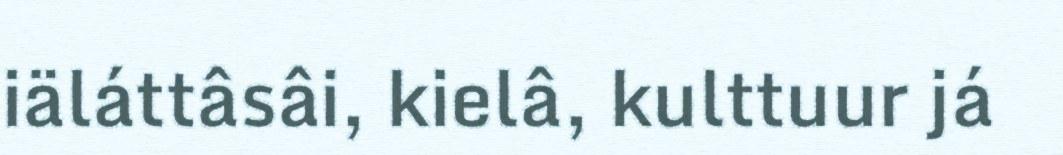
iäláttâsâi, kielâ, kulttuur já